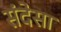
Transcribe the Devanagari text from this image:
संदेसा